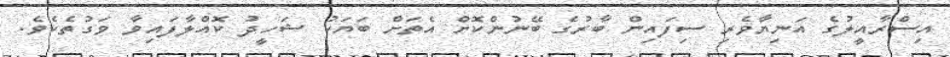
އިސްރާއީލުގެ އަނިޔާވެރި ސިފައިން ބާރުގެ ބޭނުންކޮށް އެތަށް ބަޔަކު ޝަހީދު ކޮއްލާފައިވާ ވަގުތެކެވެ.